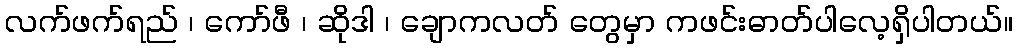
လက်ဖက်ရည် ၊ ကော်ဖီ ၊ ဆိုဒါ ၊ ချောကလတ် တွေမှာ ကဖင်းဓာတ်ပါလေ့ရှိပါတယ်။